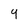
Character: 4